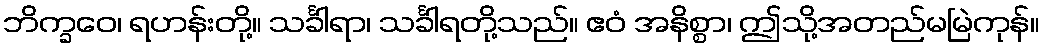
ဘိက္ခဝေ၊ ရဟန်းတို့။ သင်္ခါရာ၊ သင်္ခါရတို့သည်။ ဧဝံ အနိစ္စာ၊ ဤသို့အတည်မမြဲကုန်။